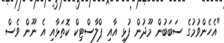
"އެހެންވުމުގެ ސަބަބުން މޫދުން ފުޅި އާއި ޕްލާސްޓިކް ކޮތަޅާއި އެ ނޫން ވެސް